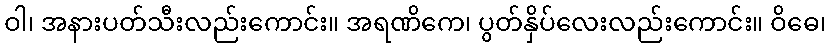
ဝါ၊ အနားပတ်သီးလည်းကောင်း။ အရဏိကေ၊ ပွတ်နှိပ်လေးလည်းကောင်း။ ဝိဓေ၊